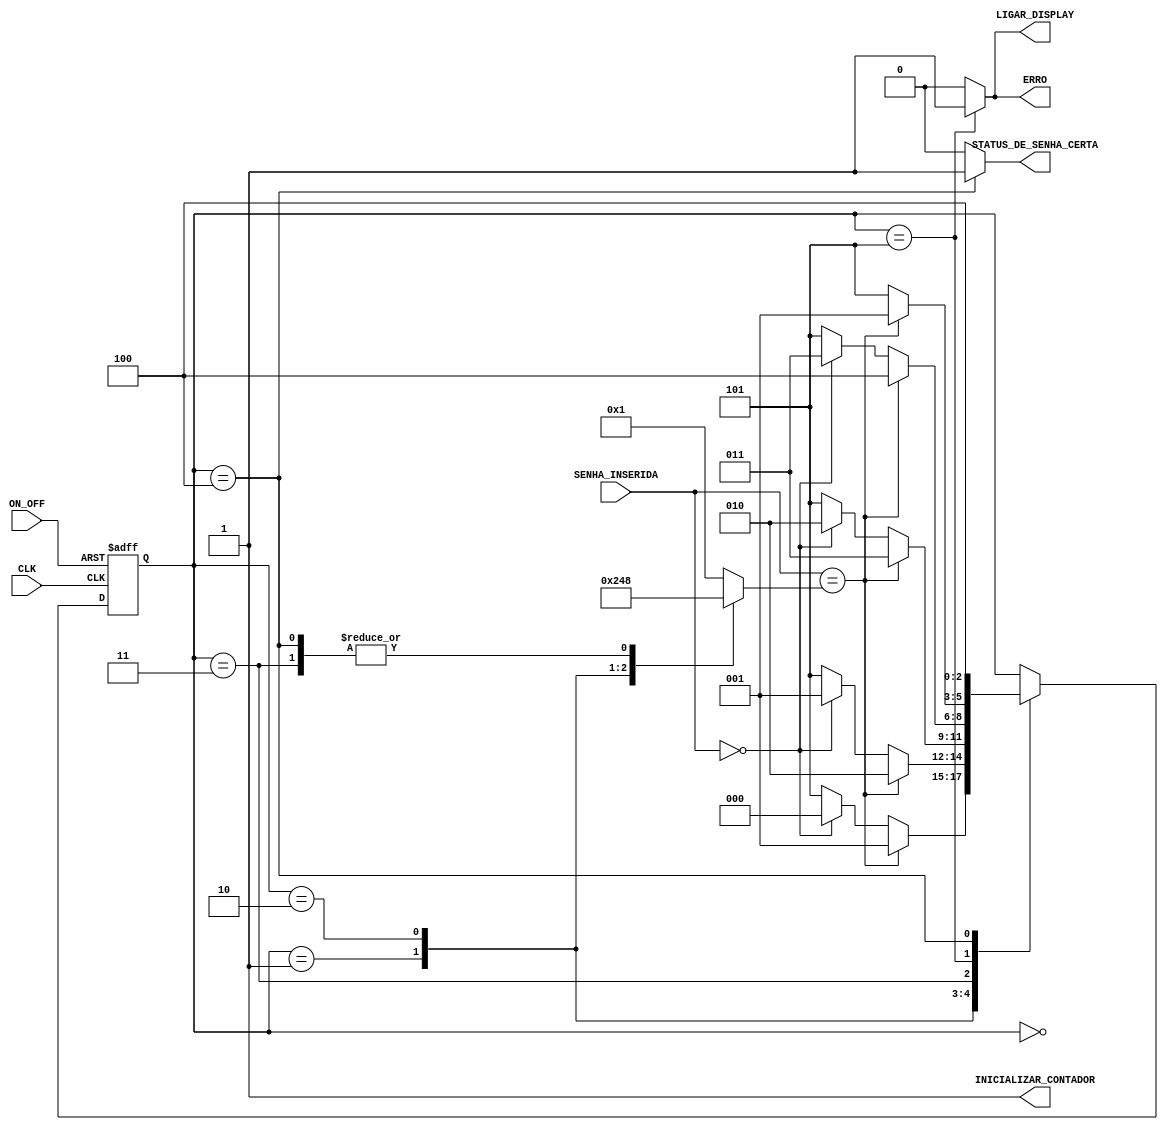
module maquina_de_estados_da_senha (
	input [3:0] SENHA_INSERIDA,
	input ON_OFF,
	input CLK,

	output reg ERRO, 
	output reg STATUS_DE_SENHA_CERTA, 
	output reg INICIALIZAR_CONTADOR, 
	output reg LIGAR_DISPLAY
);
    
    
/* ESTADOS DA MQUINA;*/
    parameter ESTADO_DO_PRIMEIRO_CODIGO = 3'b000,
              ESTADO_DO_SEGUNDO_CODIGO = 3'b001, 
              ESTADO_DO_TERCEIRO_CODIGO = 3'b010, 
              ESTADO_DO_QUART_CODIGO = 3'b011, 
              ESTADO_DE_SENHA_COMPLETAMENTE_CORRETA = 3'b100, 
              ESTADO_DE_ERRO_DE_CODIGO = 3'b101; 
    
/*SEQUNCIA DA SENHA*/
    parameter PRIMEIRO_CODIGO_DA_SENHA = 4'b0001,
              SEGUNDO_CODIGO_DA_SENHA = 4'b0010,
              TERCEIRO_CODIGO_DA_SENHA = 4'b0100,
              QUARTO_CODIGO_DA_SENHA = 4'b1000;
    
    reg [2:0] ESTADOS_DA_SENHA;
    reg [3:0] SENHA_ATUAL;
	 
    initial begin 
	    ESTADOS_DA_SENHA <= 0; 
	    SENHA_ATUAL <= PRIMEIRO_CODIGO_DA_SENHA;
	end

/*SADAS DA MAQUINA PARA CADA ESTADO*/
	always @(ESTADOS_DA_SENHA) begin

		case (ESTADOS_DA_SENHA)

				ESTADO_DO_PRIMEIRO_CODIGO: begin
				ERRO <= 0;
				STATUS_DE_SENHA_CERTA <= 0;
				INICIALIZAR_CONTADOR <= 1;
				LIGAR_DISPLAY <= 0;
				SENHA_ATUAL <= PRIMEIRO_CODIGO_DA_SENHA; 
			end

			ESTADO_DO_SEGUNDO_CODIGO: begin
				ERRO <= 0;
				STATUS_DE_SENHA_CERTA <= 0;
				INICIALIZAR_CONTADOR <= 1;
				LIGAR_DISPLAY <= 0;
				SENHA_ATUAL <= SEGUNDO_CODIGO_DA_SENHA;
			end

			ESTADO_DO_TERCEIRO_CODIGO: begin
				ERRO <= 0;
				STATUS_DE_SENHA_CERTA <= 0;
				INICIALIZAR_CONTADOR <= 1;
				LIGAR_DISPLAY <= 0;
				SENHA_ATUAL <= TERCEIRO_CODIGO_DA_SENHA;
			end

			ESTADO_DO_QUART_CODIGO: begin 
				ERRO <= 0;
				STATUS_DE_SENHA_CERTA <= 0;
				INICIALIZAR_CONTADOR <= 1;
				LIGAR_DISPLAY <= 0;
				SENHA_ATUAL <= QUARTO_CODIGO_DA_SENHA;
			end

			ESTADO_DE_SENHA_COMPLETAMENTE_CORRETA: begin
				ERRO <= 0;
				STATUS_DE_SENHA_CERTA <= 1;
				INICIALIZAR_CONTADOR <= 1;
				LIGAR_DISPLAY <= 0;
				SENHA_ATUAL <= QUARTO_CODIGO_DA_SENHA;
			end

			ESTADO_DE_ERRO_DE_CODIGO: begin
				ERRO <= 1;
				STATUS_DE_SENHA_CERTA <= 0;
				INICIALIZAR_CONTADOR <= 1;
				LIGAR_DISPLAY <= 1;
				SENHA_ATUAL <= PRIMEIRO_CODIGO_DA_SENHA;
			end
			
			default begin
				ERRO <= 0;
				STATUS_DE_SENHA_CERTA <= 0;
				INICIALIZAR_CONTADOR <= 1;
				LIGAR_DISPLAY <= 0;
				SENHA_ATUAL <= PRIMEIRO_CODIGO_DA_SENHA;
			end
			
		endcase

	end

/* TRANSIO DE ESTADOS*/	
    always @ (negedge ON_OFF, posedge CLK) begin

		if(!ON_OFF) begin// ENTRADA ASSINCRONA DA MAQUINA;
			ESTADOS_DA_SENHA <= ESTADO_DO_PRIMEIRO_CODIGO;
		end

		else begin

            case (ESTADOS_DA_SENHA)

                ESTADO_DO_PRIMEIRO_CODIGO: begin
                    if (SENHA_INSERIDA == SENHA_ATUAL)
						ESTADOS_DA_SENHA <= ESTADO_DO_SEGUNDO_CODIGO; 
                    else if ( SENHA_INSERIDA == 0) 
						ESTADOS_DA_SENHA <= ESTADO_DO_PRIMEIRO_CODIGO; 
                    else 
						ESTADOS_DA_SENHA <= ESTADO_DE_ERRO_DE_CODIGO; 
                end

                ESTADO_DO_SEGUNDO_CODIGO:begin
                    if (SENHA_INSERIDA == SENHA_ATUAL) 
						ESTADOS_DA_SENHA <= ESTADO_DO_TERCEIRO_CODIGO;
                    else if (SENHA_INSERIDA == 0) 
						ESTADOS_DA_SENHA <= ESTADO_DO_SEGUNDO_CODIGO;
                    else 
						ESTADOS_DA_SENHA <= ESTADO_DE_ERRO_DE_CODIGO;
                end

                ESTADO_DO_TERCEIRO_CODIGO: begin
                    if (SENHA_INSERIDA == SENHA_ATUAL)
						ESTADOS_DA_SENHA <= ESTADO_DO_QUART_CODIGO;
                    else if (SENHA_INSERIDA == 0) 
						ESTADOS_DA_SENHA <= ESTADO_DO_TERCEIRO_CODIGO;
                    else 
						ESTADOS_DA_SENHA <= ESTADO_DE_ERRO_DE_CODIGO;
                end

                ESTADO_DO_QUART_CODIGO: begin
                    if (SENHA_INSERIDA == SENHA_ATUAL) 
                        ESTADOS_DA_SENHA <= ESTADO_DE_SENHA_COMPLETAMENTE_CORRETA;
                    else if (SENHA_INSERIDA == 0) 
                        ESTADOS_DA_SENHA <= ESTADO_DO_QUART_CODIGO;
                    else 
                        ESTADOS_DA_SENHA <= ESTADO_DE_ERRO_DE_CODIGO;
                end

                ESTADO_DE_ERRO_DE_CODIGO: begin
                    if (SENHA_INSERIDA == SENHA_ATUAL) 
                        ESTADOS_DA_SENHA <= ESTADO_DO_SEGUNDO_CODIGO;
                    else 
                        ESTADOS_DA_SENHA <= ESTADO_DE_ERRO_DE_CODIGO; 
                end

                ESTADO_DE_SENHA_COMPLETAMENTE_CORRETA: ESTADOS_DA_SENHA <= ESTADO_DE_SENHA_COMPLETAMENTE_CORRETA; 
            
            endcase
        end

    end

endmodule